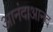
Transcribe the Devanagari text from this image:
आनंदाआनंद